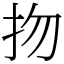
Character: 𢪱